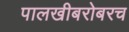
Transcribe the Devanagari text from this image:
पालखीबरोबरच